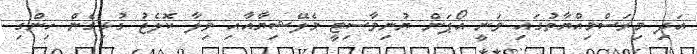
އަދި މިރަސްމިއްޔާތުގައި ވަނީ އޯޕަން ޔުނިވާސިޓީ މެލޭޝިޔާއާއި ވިލާ ކޮލެޖު ގުޅިގެން ހިންގި